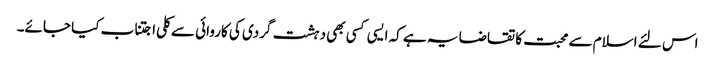
اس لئے اسلام سے محبت کا تقاضا یہ ہے کہ ایسی کسی بھی دہشت گردی کی کاروائی سے کلی اجتناب کیا جائے۔